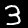
Label: 3